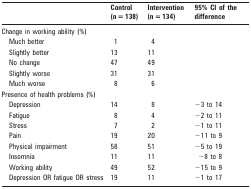
|  | Control (n = 138) | Intervention (n = 134) | 95% CI of the difference |
 | --- | --- | --- | --- |
 | Change in working ability (%) |  |  |  |
 | Much better | 1 | 4 |  |
 | Slightly better | 13 | 11 |  |
 | No change | 47 | 49 |  |
 | Slightly worse | 31 | 31 |  |
 | Much worse | 8 | 6 |  |
 | Presence of health problems (%) |  |  |  |
 | Depression | 14 | 8 | −3 to 14 |
 | Fatigue | 8 | 4 | −2 to 11 |
 | Stress | 7 | 2 | −1 to 11 |
 | Pain | 19 | 20 | −11 to 9 |
 | Physical impairment | 58 | 51 | −5 to 19 |
 | Insomnia | 11 | 11 | −8 to 8 |
 | Working ability | 49 | 52 | −15 to 9 |
 | Depression OR fatigue OR stress | 19 | 11 | −1 to 17 |